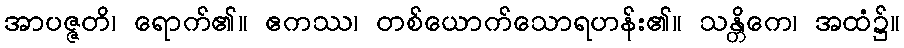
အာပဇ္ဇတိ၊ ရောက်၏။ ဧကဿ၊ တစ်ယောက်သောရဟန်း၏။ သန္တိကေ၊ အထံ၌။